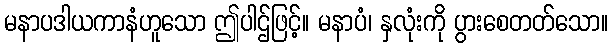
မနာပဒါယကာနံဟူသော ဤပါဌ်ဖြင့်။ မနာပံ၊ နှလုံးကို ပွားစေတတ်သော။